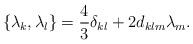
LaTeX: \begin{align*}\{{\lambda}_k,{\lambda}_l\}=\frac{4}{3}{\delta}_{kl}+2d_{klm}{\lambda}_m.\end{align*}